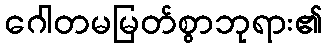
ဂေါတမမြတ်စွာဘုရား၏